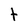
Character: t